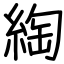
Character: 綯